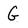
Character: G